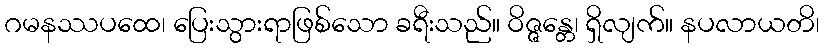
ဂမနဿပထေ၊ ပြေးသွားရာဖြစ်သော ခရီးသည်။ ဝိဇ္ဇန္တေ၊ ရှိလျက်။ နပလာယတိ၊